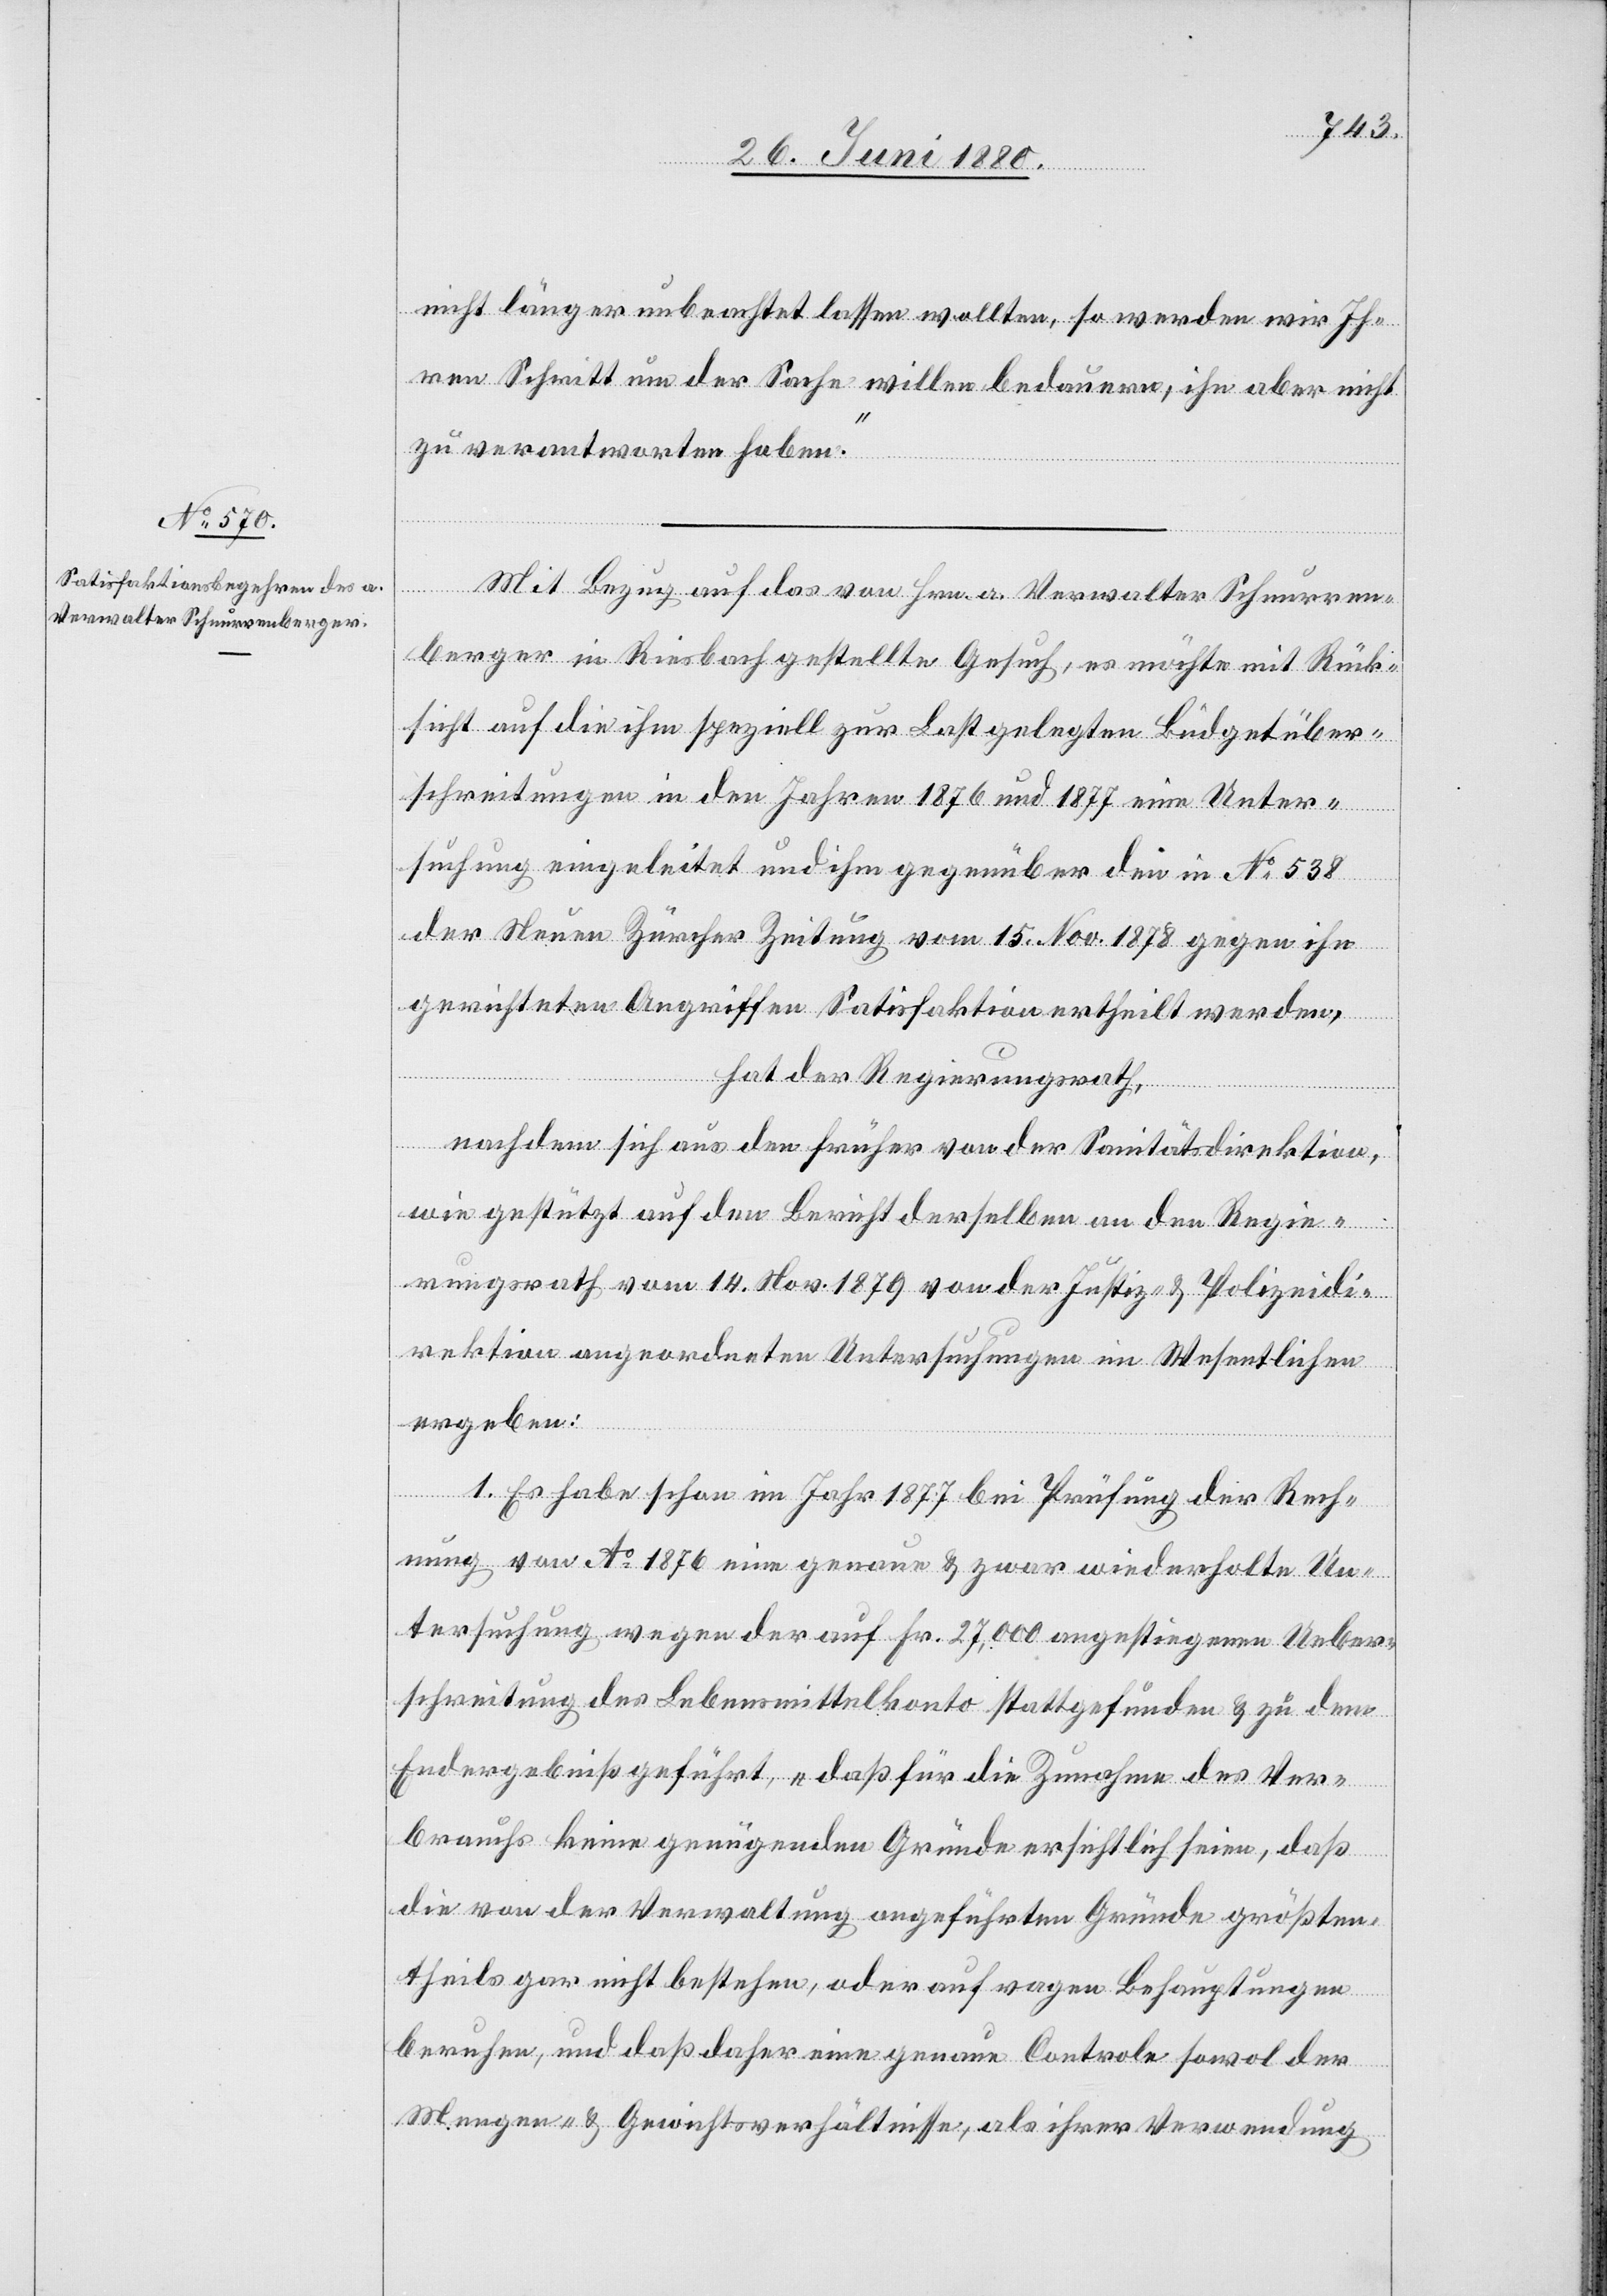
nicht länger unbeachtet lassen wollten, so werden wir Ih¬
ren Schritt um der Sache willen bedauern, ihn aber nicht
zu verantworten haben.“
Mit Bezug auf das von Hrn. a. Verwalter Schnurren¬
berger in Riesbach gestellte Gesuch, es möchte mit Rück¬
sicht auf die ihm speziell zur Last gelegten Büdgetüber¬
schreitungen in den Jahren 1876 und 1877 eine Unter¬
suchung eingeleitet und ihm gegenüber den in No 538
der Neuen Zürcher Zeitung vom 15. Nov. 1878 gegen ihn
gerichteten Angriffen Satisfaktion ertheilt werden,
hat der Regierungsrath,
nachdem sich aus den früher von der Sanitätsdirektion,
wie gestützt auf den Bericht derselben an den Regie¬
rungsrath vom 14. Nov. 1879 von der Justiz- & Polizeidi¬
rektion angeordneten Untersuchungen im Wesentlichen
ergeben:
1. Es habe schon im Jahr 1877 bei Prüfung der Rech¬
nung von Ao 1876 eine genaue & zwar wiederholte Un¬
tersuchung wegen der auf Fr. 27,000 angestiegenen Ueber¬
schreitung der Lebensmittelkonto stattgefunden & zu dem
Endergebniß geführt, „daß für die Zunahme des Ver¬
brauchs keine genügenden Gründe ersichtlich seien, daß
die von der Verwaltung angeführten Gründe größten
theils gar nicht bestehen, oder auf vagen Behauptungen
beruhen, und daß daher eine genaue Controle sowol der
Mengen- & Gewichtsverhältnisse, als ihrer Verwendung